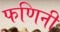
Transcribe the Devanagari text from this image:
फणिनी